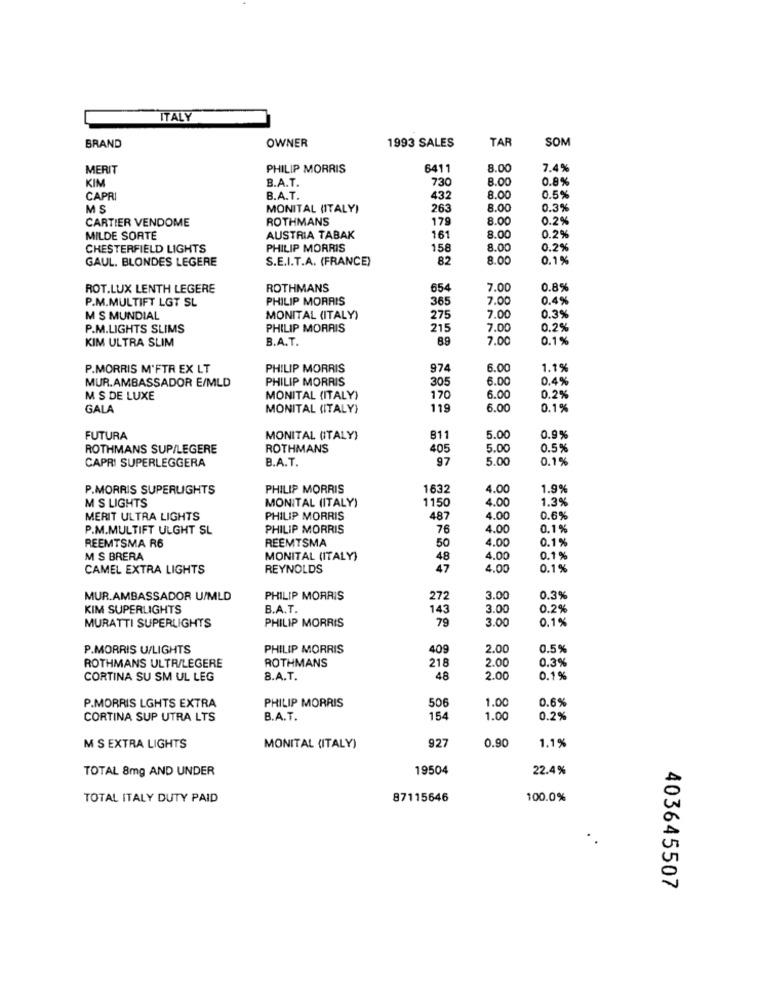
ITALY
BRAND
OWNER
1993 SALES
TAR
SOM
MERIT
PHILIP MORRIS
6411
8.00
7.4%
KIM
B.A.T.
730
8.00
0.8%
CAPRI
B.A.T.
432
8.00
0.5%
MS
MONITAL (ITALY)
263
8.00
0.3%
CARTIER VENDOME
ROTHMANS
179
8.00
0.2%
0.2%
MILDE SORTE
AUSTRIA TABAK
161
8.0
CHESTERFIELD LIGHTS
PHILIP MORRIS
158
8.00
0.2%
GAUL. BLONDES LEGERE
S.E.I.T.A. (FRANCE)
82
8.00
0.1%
ROT.LUX LENTH LEGERE
ROTHMANS
654
7.00
0.8%
P.M.MULTIFT LGT SL
PHILIP MORRIS
365
7.00
0.4%
M S MUNDIAL
MONITAL (ITALY)
275
7.0
0.3%
P.M.LIGHTS SLIMS
PHILIP MORRIS
215
7.0
0.2%
KIM ULTRA SLIM
B.A.T.
89
7.00
0.1%
P.MORRIS M'FTR EX LT
PHILIP MORRIS
974
6.0
1.1%
MUR.AMBASSADOR E/MLD
PHILIP MORRIS
30
6.00
0.4%
0.2%
M S DE LUXE
MONITAL (ITALY)
170
6.00
GALA
MONITAL (ITALY)
119
6.0
0.1%
FUTURA
MONITAL (ITALY)
811
5.00
0.9%
ROTHMANS SUP/LEGERE
ROTHMANS
405
5.00
0.5%
CAPRI SUPERLEGGERA
B.A.T.
97
5.00
0.1%
P.MORRIS SUPERLIGHTS
PHILIP MORRIS
1632
4.00
1.9%
M S LIGHTS
1150
4.00
1.3%
MONITAL (ITALY)
MERIT ULTRA LIGHTS
PHILIP MORRIS
487
4.00
0.6%
P.M.MULTIFT ULGHT SL
PHILIP MORRIS
76
4.00
0.1%
REEMTSMA R6
4.00
0.1%
REEMTSMA
50
M S BRERA
MONITAL (ITALY)
48
4.00
0.1%
CAMEL EXTRA LIGHTS
REYNOLDS
47
4.00
0.1%
MUR.AMBASSADOR U/MLD
PHILIP MORRIS
272
3.00
0.3%
KIM SUPERLIGHTS
B.A.T.
143
3.00
0.2%
PHILIP MORRIS
79
3.00
0.1%
MURATTI SUPERLIGHTS
P.MORRIS U/LIGHTS
PHILIP MORRIS
409
2.00
0.5%
218
0.3%
ROTHMANS ULTR/LEGERE
ROTHMANS
2.00
CORTINA SU SM UL LEG
B.A.T.
48
2.00
0.1%
P.MORRIS LGHTS EXTRA
PHILIP MORRIS
506
1.00
0.6%
CORTINA SUP UTRA LTS
B.A.T.
154
1.00
0.2%
927
0.90
1.1%
M S EXTRA LIGHTS
MONITAL (ITALY)
TOTAL 8mg AND UNDER
19504
22.4%
TOTAL ITALY DUTY PAID
87115646
100.0%
403645507